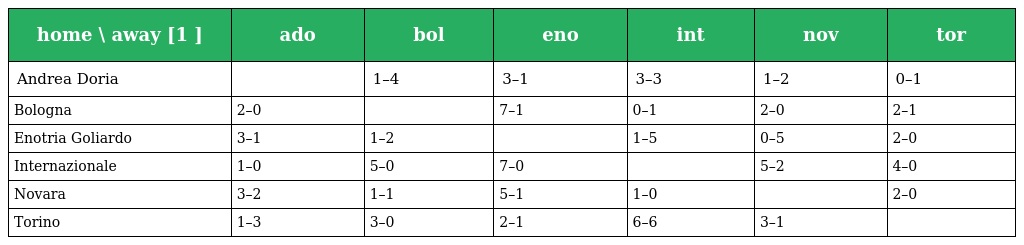
| home \ away [1 ] | ado | bol | eno | int | nov | tor |
 | --- | --- | --- | --- | --- | --- | --- |
 | Andrea Doria |  | 1–4 | 3–1 | 3–3 | 1–2 | 0–1 |
 | Bologna | 2–0 |  | 7–1 | 0–1 | 2–0 | 2–1 |
 | Enotria Goliardo | 3–1 | 1–2 |  | 1–5 | 0–5 | 2–0 |
 | Internazionale | 1–0 | 5–0 | 7–0 |  | 5–2 | 4–0 |
 | Novara | 3–2 | 1–1 | 5–1 | 1–0 |  | 2–0 |
 | Torino | 1–3 | 3–0 | 2–1 | 6–6 | 3–1 |  |